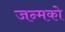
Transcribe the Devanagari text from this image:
जन्मको